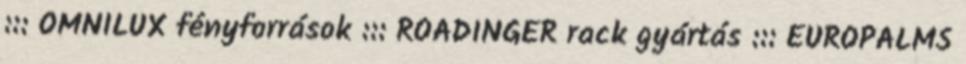
::: OMNILUX fényforrások ::: ROADINGER rack gyártás ::: EUROPALMS